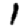
Digit: 1